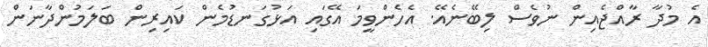
އެ މުދާ ރާއްޖެއިން ނުވެސް ލިބޭނެއޭ. އެހެންވީމަ އޭގައި އަޅުގަނޑުމެން ކައިރިން ބަލަމުންދާނަން